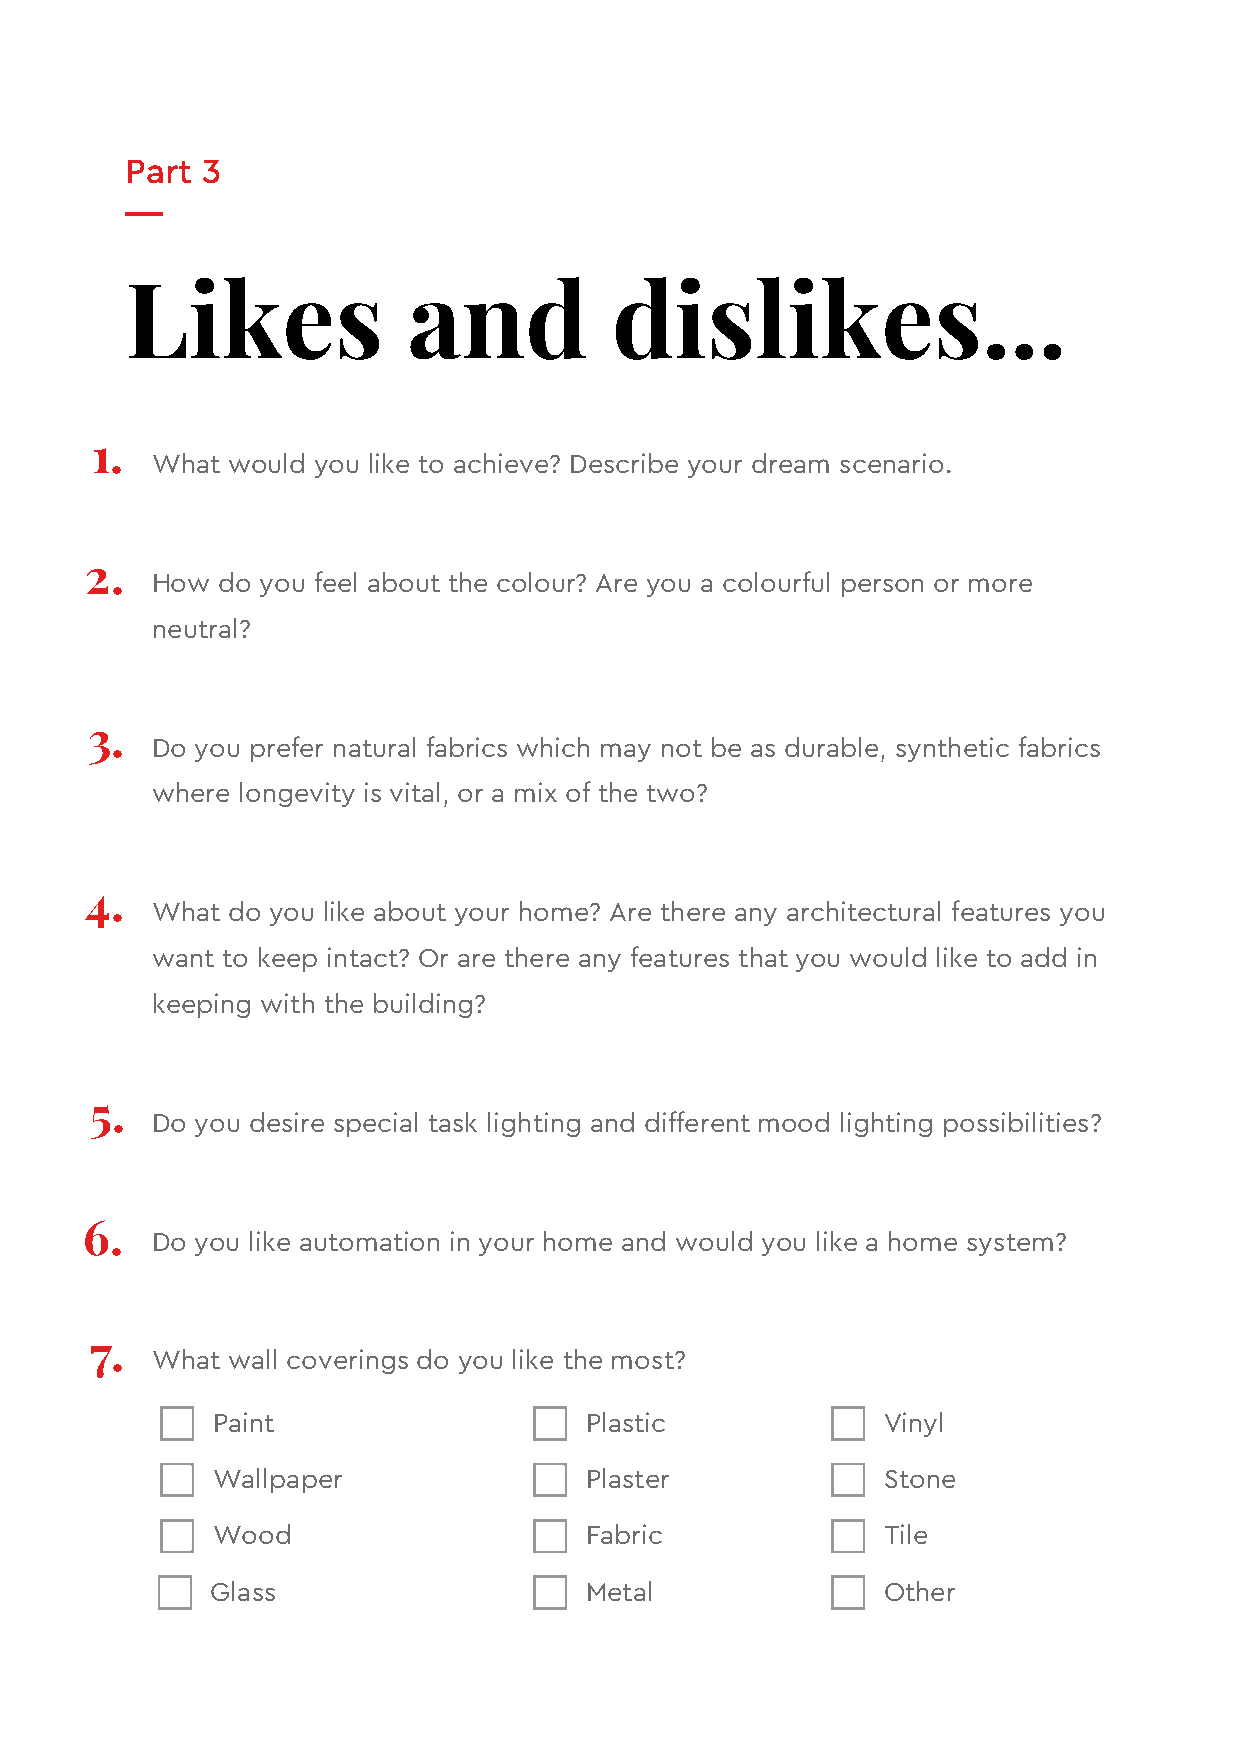
Part 3
 Likes              and           dislikes...
 1.
 What would you like to achieve? Describe your dream scenario.
 2.
 How do you feel about the colour? Are you a colourful person or more
 neutral?
 3.
 Do you prefer natural fabrics which may not be as durable, synthetic fabrics
 where longevity is vital, or a mix of the two?
 4.
 What do you like about your home? Are there any architectural features you
 want to keep intact? Or are there any features that you would like to add in
 keeping with the building?
 5.
 Do you desire special task lighting and different mood lighting possibilities?
 6.
 Do you like automation in your home and would you like a home system?
 7.
 What wall coverings do you like the most?
 Paint                    Plastic            Vinyl
 Wallpaper                Plaster            Stone
 Wood                     Fabric             Tile
 Glass                    Metal              Other